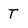
Character: T